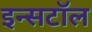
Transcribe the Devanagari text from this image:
इन्सटॉल